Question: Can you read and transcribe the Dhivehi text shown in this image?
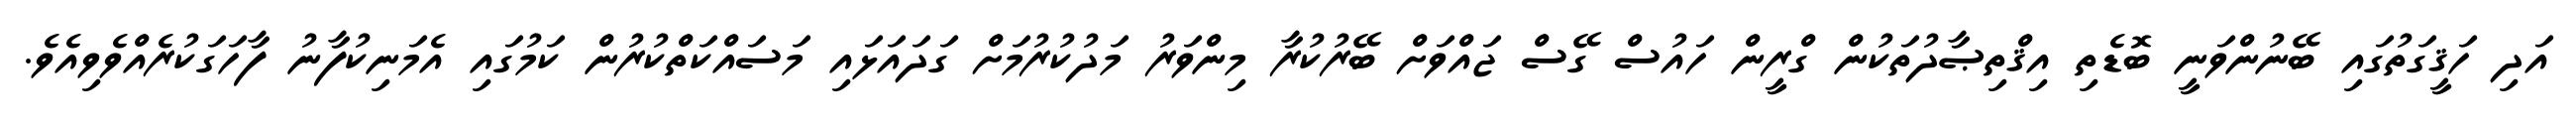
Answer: އަދި ހަޤީގަތުގައި ބޭނުންވަނީ ބޮޑެތި އިޤްތިޞާދުތަކުން ގްރީން ހައުސް ގޭސް ޖައްވަށް ބޭރުކުރާ މިންވަރު މަދުކުރުމަށް ގަދައަޅައި މަސައްކަތްކުރުން ކަމުގައި އެމަނިކުފާނު ފާހަގަކުރެއްވެވިއެވެ.